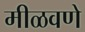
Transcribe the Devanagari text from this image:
मीळवणे